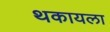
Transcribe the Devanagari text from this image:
थकायला